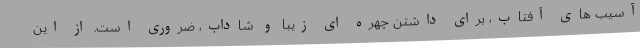
آسیب های آفتاب، برای داشتن چهره ای زیبا و شاداب، ضروری است. از این